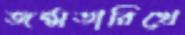
জন্মতারিখে